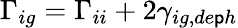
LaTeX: \Gamma_{ig}=\Gamma_{ii}+2\gamma_{ig,de\mathsf{p}h}